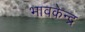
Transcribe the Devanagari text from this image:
भावकेन्द्र